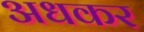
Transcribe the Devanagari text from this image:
अधकर